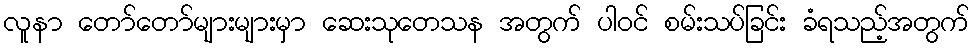
လူနာ တော်တော်များများမှာ ဆေးသုတေသန အတွက် ပါဝင် စမ်းသပ်ခြင်း ခံရသည့်အတွက်